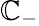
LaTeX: \mathbb{C}_{-}